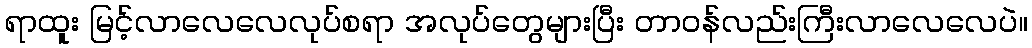
ရာထူး မြင့်လာလေလေလုပ်စရာ အလုပ်တွေများပြီး တာဝန်လည်းကြီးလာလေလေပဲ။